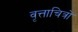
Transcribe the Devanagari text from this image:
वृत्ताचित्रों